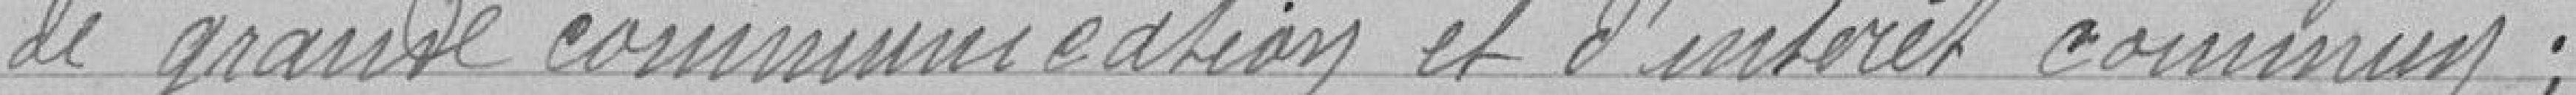
de grande communication et d'intérêts communs